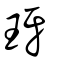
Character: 玡